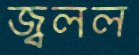
জ্বলল